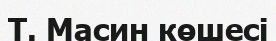
Т. Масин көшесі